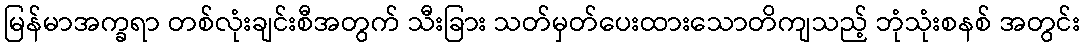
မြန်မာအက္ခရာ တစ်လုံးချင်းစီအတွက် သီးခြား သတ်မှတ်ပေးထားသောတိကျသည့် ဘုံသုံးစနစ် အတွင်း